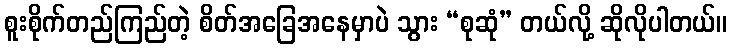
စူးစိုက်တည်ကြည်တဲ့ စိတ်အခြေအနေမှာပဲ သွား “စုဆုံ” တယ်လို့ ဆိုလိုပါတယ်။